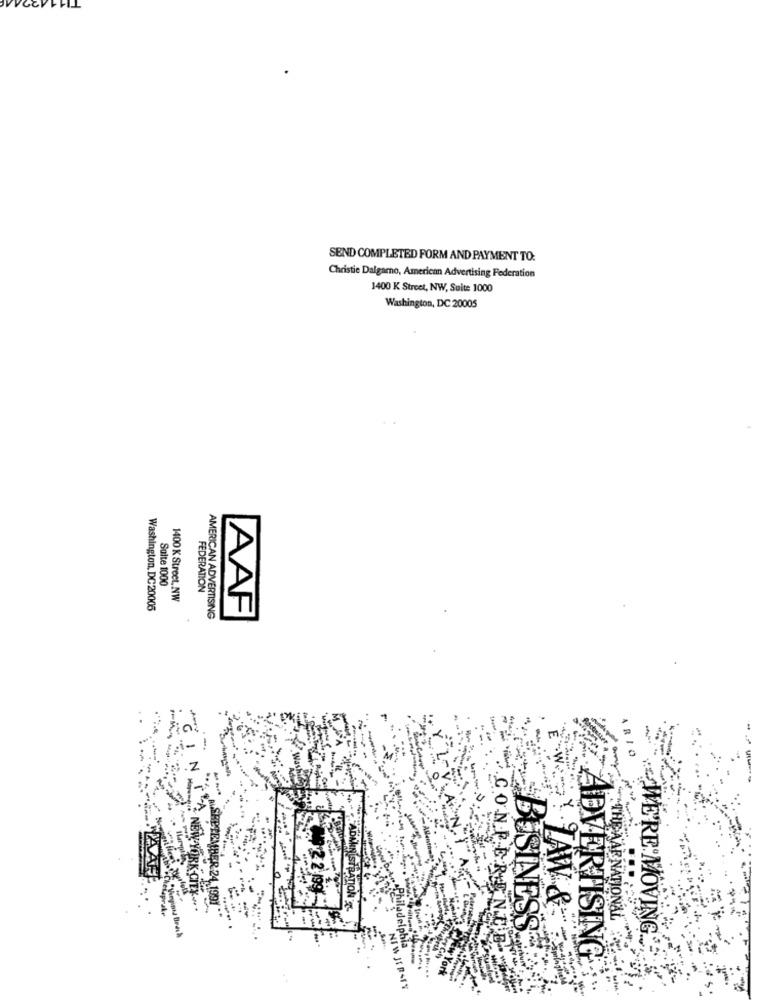
SEND COMPLETED FORM AND PAYMENT TO:
Christie Dalgarno, American Advertising Federation
1400 K Street, NW, Suite 1000
Washington, DC 20005
Suite 1000
FEDERATION
1400 K Street, NW
Washington, DC20005
AAF
AMERICAN ADVERTISING
ARIO
C.O.N.F.
NEW-YORK CIE
$2 2.199
SEPTEMBER 24.1991
ADMINISTRATION
TAW &
---
THE AAR NATIONAL"
BUSINESS
WE'RE MOVING ..
elphia
ADVERTISING